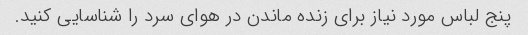
پنج لباس مورد نیاز برای زنده ماندن در هوای سرد را شناسایی کنید.